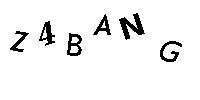
Z4BANG